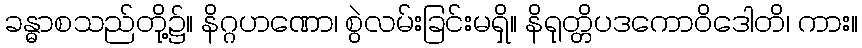
ခန္ဓာစသည်တို့၌။ နိဂ္ဂဟဏော၊ စွဲလမ်းခြင်းမရှိ။ နိရုတ္တိပဒကောဝိဒေါတိ၊ ကား။